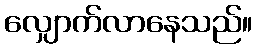
လျှောက်လာနေသည်။